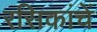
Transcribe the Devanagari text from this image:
रसिकांचें